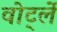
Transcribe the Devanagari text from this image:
वोर्ट्ले